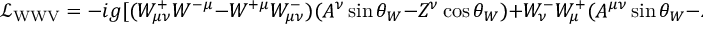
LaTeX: { \mathcal { L } } _ { \mathrm { W W V } } = - i g [ ( W _ { \mu \nu } ^ { + } W ^ { - \mu } - W ^ { + \mu } W _ { \mu \nu } ^ { - } ) ( A ^ { \nu } \sin \theta _ { W } - Z ^ { \nu } \cos \theta _ { W } ) + W _ { \nu } ^ { - } W _ { \mu } ^ { + } ( A ^ { \mu \nu } \sin \theta _ { W } - Z ^ { \mu \nu } \cos \theta _ { W } ) ] .